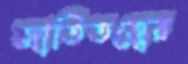
জাতিতত্ত্বের